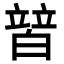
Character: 𤾕